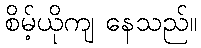
စိမ့်ယိုကျ နေသည်။